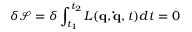
\delta { \mathcal { S } } = \delta \int _ { t _ { 1 } } ^ { t _ { 2 } } L ( \mathbf { q } , \mathbf { \dot { q } } , t ) d t = 0